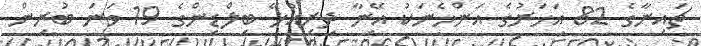
ޗައިނާގެ 82 އަހަރުގެ އަންހެނަކު އޭނާ ދިރިއުޅޭ ބިލްޑިންގެ 19 ވަނަ ބުރިން